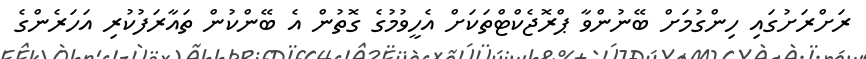
ރަށްރަށުގައި ހިންގުމަށް ބޭނުންވާ ޕްރޮޖެކްޓްތަކަށް އެހީވުމުގެ ގޮތުން އެ ބޭންކުން ތައާރަފުކުރި އަހަރެންގެ